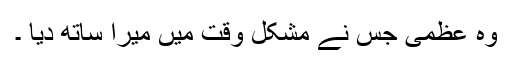
وہ عظمی جس نے مشکل وقت میں میرا ساتھ دیا ۔